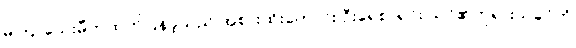
မကြာသေးမီကထုတ်ပြန်ခဲ့သည် အစားထိုးကောင်း ဦးရေစာရင်း သင်၏ဘုရားသခင်ကို